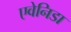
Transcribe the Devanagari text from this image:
एवेनिडा